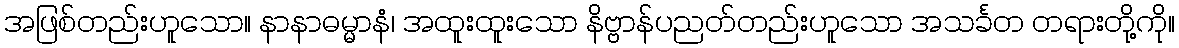
အဖြစ်တည်းဟူသော။ နာနာဓမ္မာနံ၊ အထူးထူးသော နိဗ္ဗာန်ပညတ်တည်းဟူသော အသင်္ခတ တရားတို့ကို။